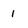
Character: 1